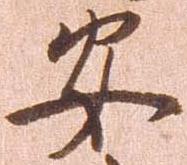
安